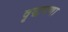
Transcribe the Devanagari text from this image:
वृद्धपणा